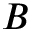
B